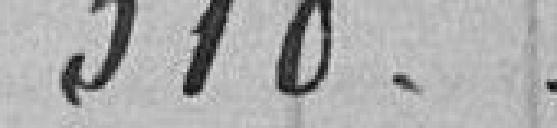
310.